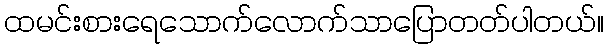
ထမင်းစားရေသောက်လောက်သာပြောတတ်ပါတယ်။